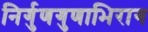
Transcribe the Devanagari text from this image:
निर्गुणगुणाभिराग